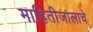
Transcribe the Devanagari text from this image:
माहितीजालाचे